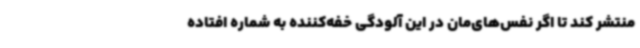
منتشر کند تا اگر نفس‌های‌مان در این آلودگی خفه‌کننده به شماره افتاده